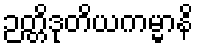
ဉတ္တိဒုတိယကမ္မာနိ